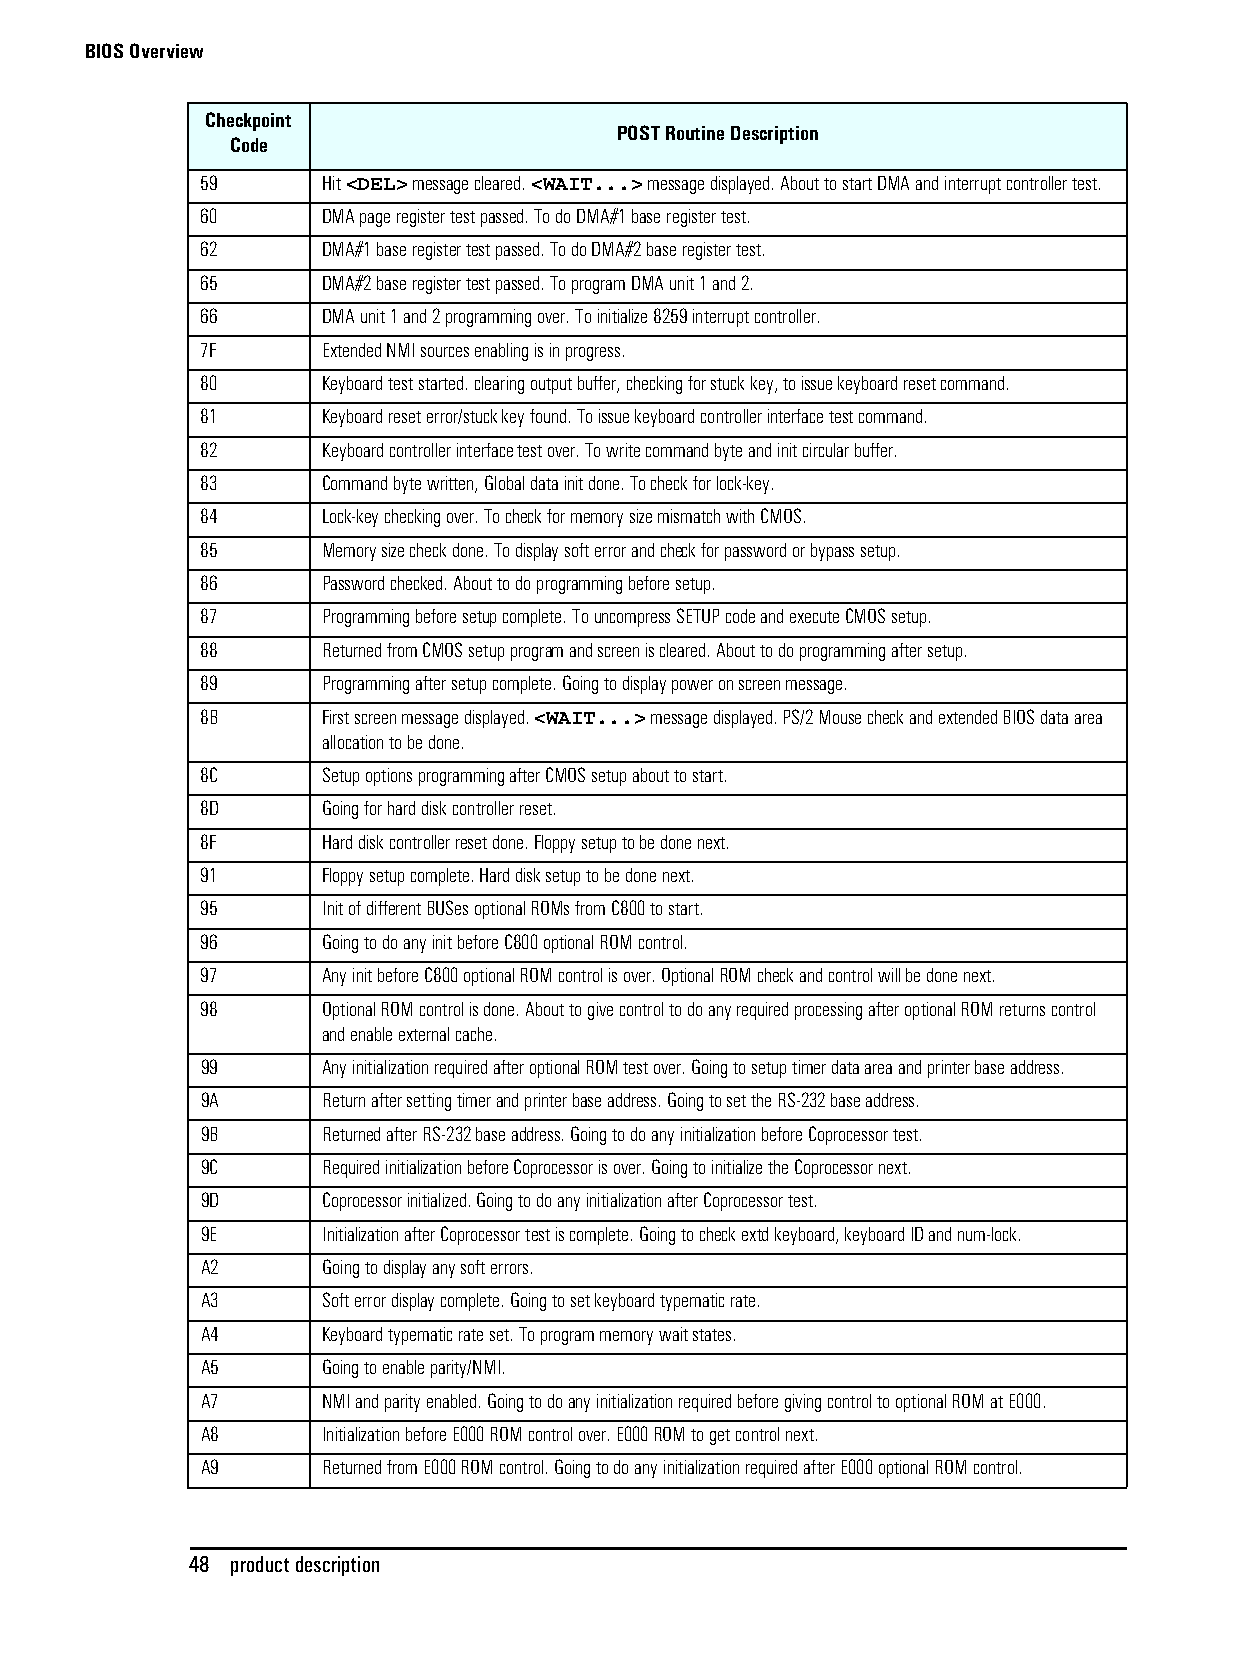
BIOS Overview
 Checkpoint
 POST Routine Description
 Code
 59      Hit <DEL> message cleared. <WAIT...> message displayed. About to start DMA and interrupt controller test.
 60      DMA page register test passed. To do DMA#1 base register test.
 62      DMA#1 base register test passed. To do DMA#2 base register test.
 65      DMA#2 base register test passed. To program DMA unit 1 and 2.
 66      DMA unit 1 and 2 programming over. To initialize 8259 interrupt controller.
 7F      Extended NMI sources enabling is in progress.
 80      Keyboard test started. clearing output buffer, checking for stuck key, to issue keyboard reset command.
 81      Keyboard reset error/stuck key found. To issue keyboard controller interface test command.
 82      Keyboard controller interface test over. To write command byte and init circular buffer.
 83      Command byte written, Global data init done. To check for lock-key.
 84      Lock-key checking over. To check for memory size mismatch with CMOS.
 85      Memory size check done. To display soft error and check for password or bypass setup.
 86      Password checked. About to do programming before setup.
 87      Programming before setup complete. To uncompress SETUP code and execute CMOS setup.
 88      Returned from CMOS setup program and screen is cleared. About to do programming after setup.
 89      Programming after setup complete. Going to display power on screen message.
 8B      First screen message displayed. <WAIT...> message displayed. PS/2 Mouse check and extended BIOS data area
 allocation to be done.
 8C      Setup options programming after CMOS setup about to start.
 8D      Going for hard disk controller reset.
 8F      Hard disk controller reset done. Floppy setup to be done next.
 91      Floppy setup complete. Hard disk setup to be done next.
 95      Init of different BUSes optional ROMs from C800 to start.
 96      Going to do any init before C800 optional ROM control.
 97      Any init before C800 optional ROM control is over. Optional ROM check and control will be done next.
 98      Optional ROM control is done. About to give control to do any required processing after optional ROM returns control
 and enable external cache.
 99      Any initialization required after optional ROM test over. Going to setup timer data area and printer base address.
 9A      Return after setting timer and printer base address. Going to set the RS-232 base address.
 9B      Returned after RS-232 base address. Going to do any initialization before Coprocessor test.
 9C      Required initialization before Coprocessor is over. Going to initialize the Coprocessor next.
 9D      Coprocessor initialized. Going to do any initialization after Coprocessor test.
 9E      Initialization after Coprocessor test is complete. Going to check extd keyboard, keyboard ID and num-lock.
 A2      Going to display any soft errors.
 A3      Soft error display complete. Going to set keyboard typematic rate.
 A4      Keyboard typematic rate set. To program memory wait states.
 A5      Going to enable parity/NMI.
 A7      NMI and parity enabled. Going to do any initialization required before giving control to optional ROM at E000.
 A8      Initialization before E000 ROM control over. E000 ROM to get control next.
 A9      Returned from E000 ROM control. Going to do any initialization required after E000 optional ROM control.
 48 product description